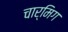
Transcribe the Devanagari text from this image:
चार्मिग